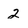
Character: 2